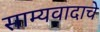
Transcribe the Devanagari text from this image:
साम्यवादाचे